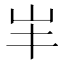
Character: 𡵄